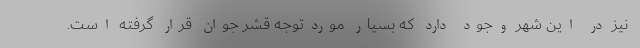
نیز در این شهر وجود دارد که بسیار موردتوجه قشر جوان قرار گرفته است.